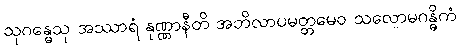
သုဂန္ဓေသု အဿာရံ နုဏ္ဏာနီတိ အဘိလာပမတ္တမေဝ သလောမဂန္ဓိကံ